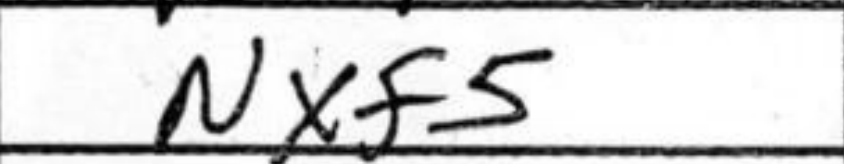
Transcription: Nxf5